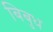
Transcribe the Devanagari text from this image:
बिबुध